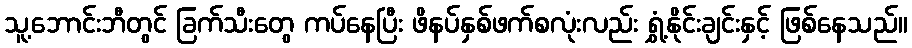
သူ့ဘောင်းဘီတွင် ခြက်သီးတွေ ကပ်နေပြီး ဖိနပ်နှစ်ဖက်စလုံးလည်း ရွှံ့နိုင်းချင်းနှင့် ဖြစ်နေသည်။